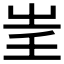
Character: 𡴍